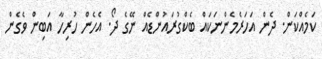
ކަމެއްކަން. ދެން އަހަރެމެންނަކައް ބެކްގުރައުންޑެއް ނޭގެ ދޯ. އެހެން ހުރިހާ އަބިން ވެގެން